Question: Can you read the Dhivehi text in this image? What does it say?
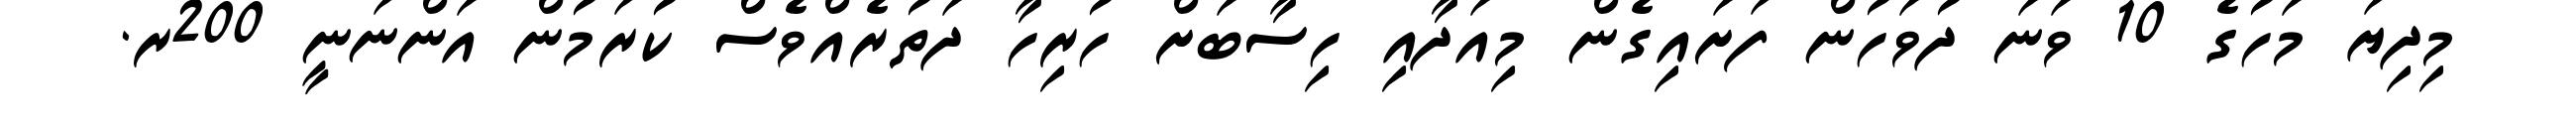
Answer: މިދިޔަ މަހުގެ 10 ވަނަ ދުވަހުން ފަށައިގެން މިއަދާއި ހިސާބަށް ހުރިހާ ދަތުރެއްވެސް ކުރަމުން އަންނަނީ 200ރ.